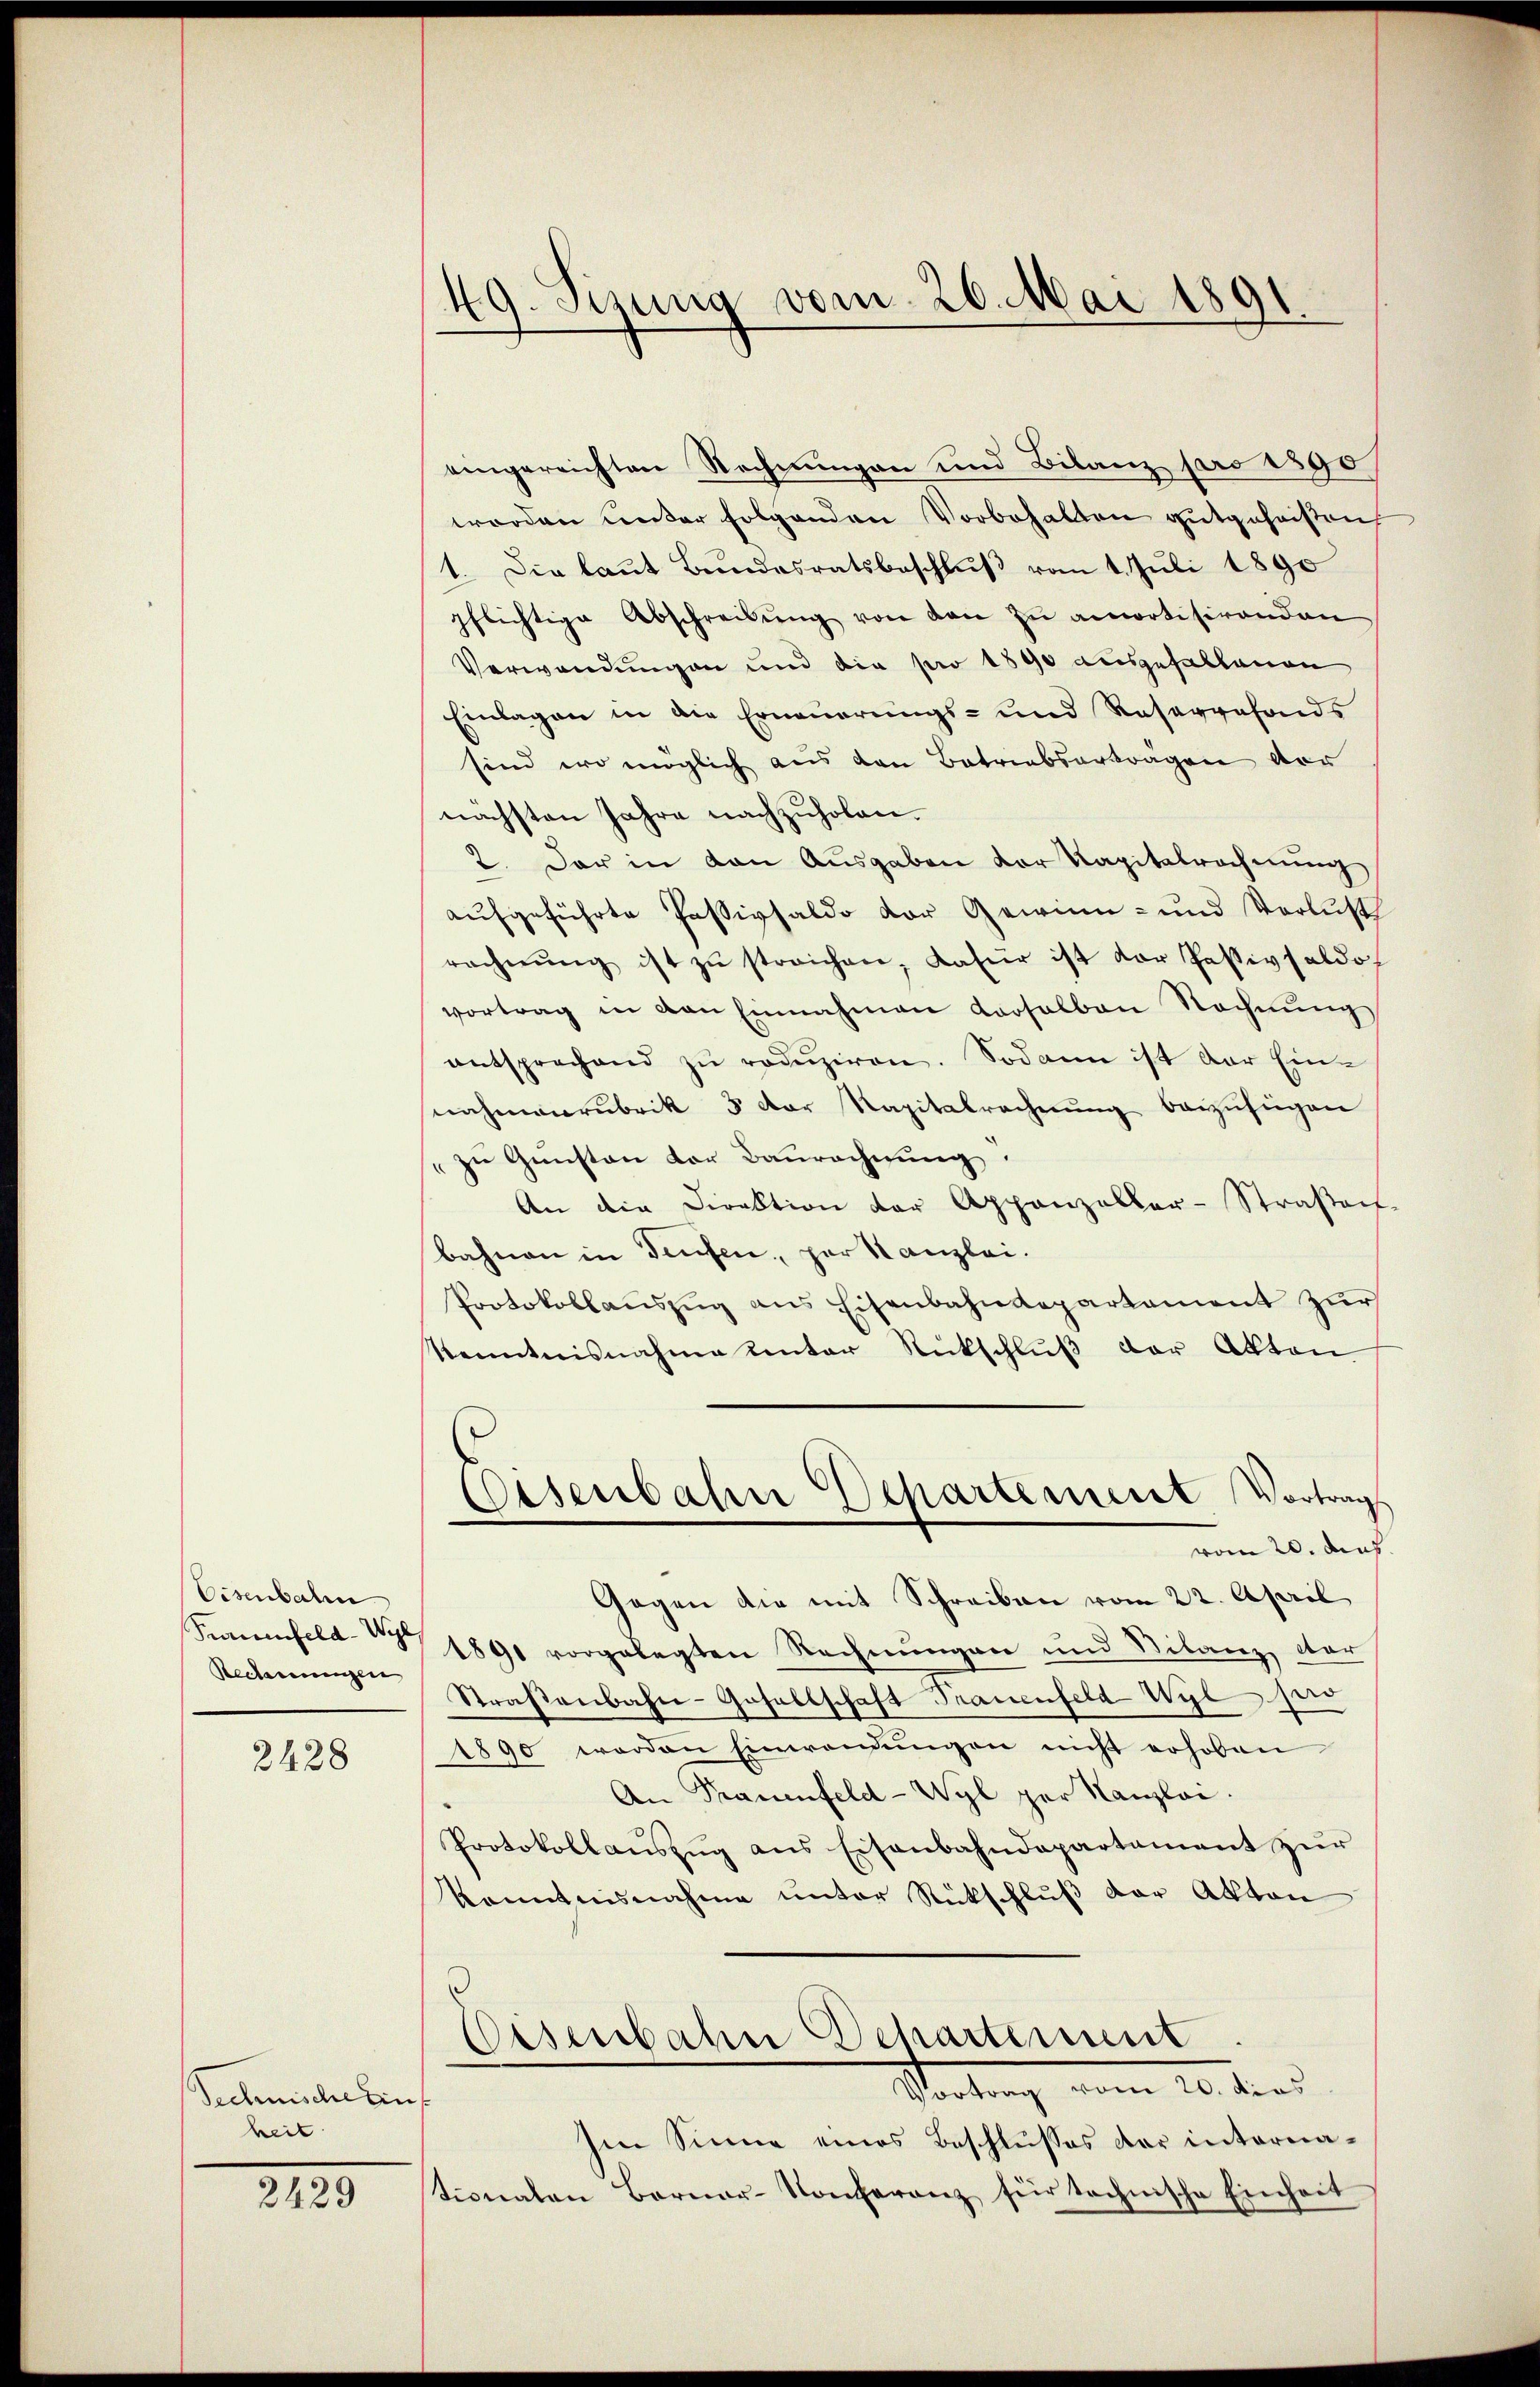
Eisenbahn
Reclammengen

2428

Technischein
heit

2429

49. Sizung vom 20. Mai 1891.

eingereichten Rechnungen und Bilanz pro 1890
worden unter folgenden Vorbehalten gutgeheißen
1. Die laut Bundesratsbeschluß vom 1. Juli 1890
pflichtige Abschreibŭng von den zŭ amortisirenden
Verwendungen und die pro 1890 ausgefallenen
Einlagen in die Erneuerungs- und Reservefonds
sind wo möglich aus den Betriebsarträgen vor
nächsten Jahre nachzuholen.
2. Der in den Ausgaben der Kapitalrechnung
aufgeführte Passivsaldo vor Gewinn- und Verlust
rechnŭng ist zŭ streichen, dafür ist der Passivsaldo
vortrag in den Einnahmen Karsalben Rechnŭng
entsprechend zŭ redŭziren. Sodann ist der Einnahmeerubrik 3 der Kapitalrechnŭng beizufügen
zu Gunsten der Baurechnung
An die Direktion der Appenzeller-Straßen
bahnen in Teufen, par Kanzlei.
Protokollaŭszŭg ans Eisenbahndepartement zur
Kenntnisnahme unter Rückschluß der Akten
Eisenbahn Departement Vortrag
vom 20. ds
Gegen die mit Schreiben vom 22. April
Senfeld 17 1891 vorgelegten Rechnungen und Vilanz, dtor
Straßenbahn-Gesellschaft Trauenfeld Wyl pro
1890 werden Einwendŭngen nicht erhoben
An Frauenfeld-Wyl per Kanzlei.
Protokollaŭszŭg ans Eisenbahndepartament zŭr
Kenntnisnahme unter Rückschluß der Akten
.
Eisenbahn Departement
Vortrag vom 10. dies
Im Sinne eines Beschlusses der internationalen Berner-Konferenz für technische Einheit